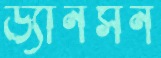
ড্যানসন